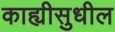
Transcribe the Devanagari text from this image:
काह्यीसुधील